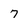
Character: 7